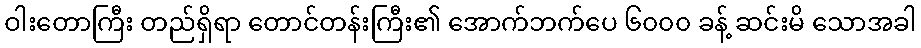
ဝါးတောကြီး တည်ရှိရာ တောင်တန်းကြီး၏ အောက်ဘက်ပေ ၆၀၀၀ ခန့် ဆင်းမိ သောအခါ